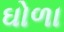
ઘોળા